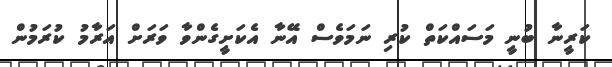
ކަރީނާ ބުނީ މަސައްކަތް ކުރި ނަމަވެސް އޭނާ އެކަށީގެންވާ ވަރަށް އަރާމު ކުރަމުން